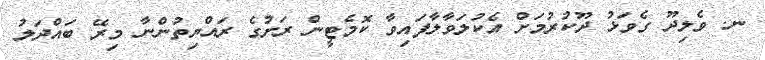
ނ. ވެލިދޫ ގެވަޅު ދޫކުރުމަށް އެކުލަވާލާފައިވާ ކޮމެޓީން ރަށުގެ ރައްޔިތުންނާ މިރޭ ބައްދަލު